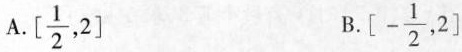
A.[ \frac{1}{2},2] B.[- \frac{1}{2},2]